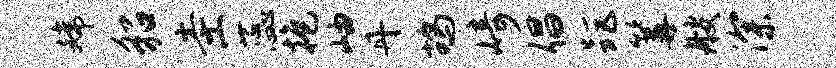
嫦貂圭蕊抱岫丹鸪崎倡距篝艘深